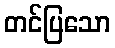
တင်ပြသော